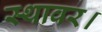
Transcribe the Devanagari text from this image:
स्थावर।